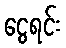
ငွေရင်း